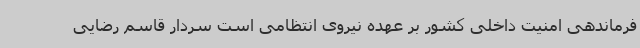
فرماندهی امنیت داخلی کشور بر عهده نیروی انتظامی است سردار قاسم رضایی